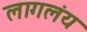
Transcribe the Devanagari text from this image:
लागलंय